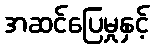
အဆင်ပြေမှုနှင့်